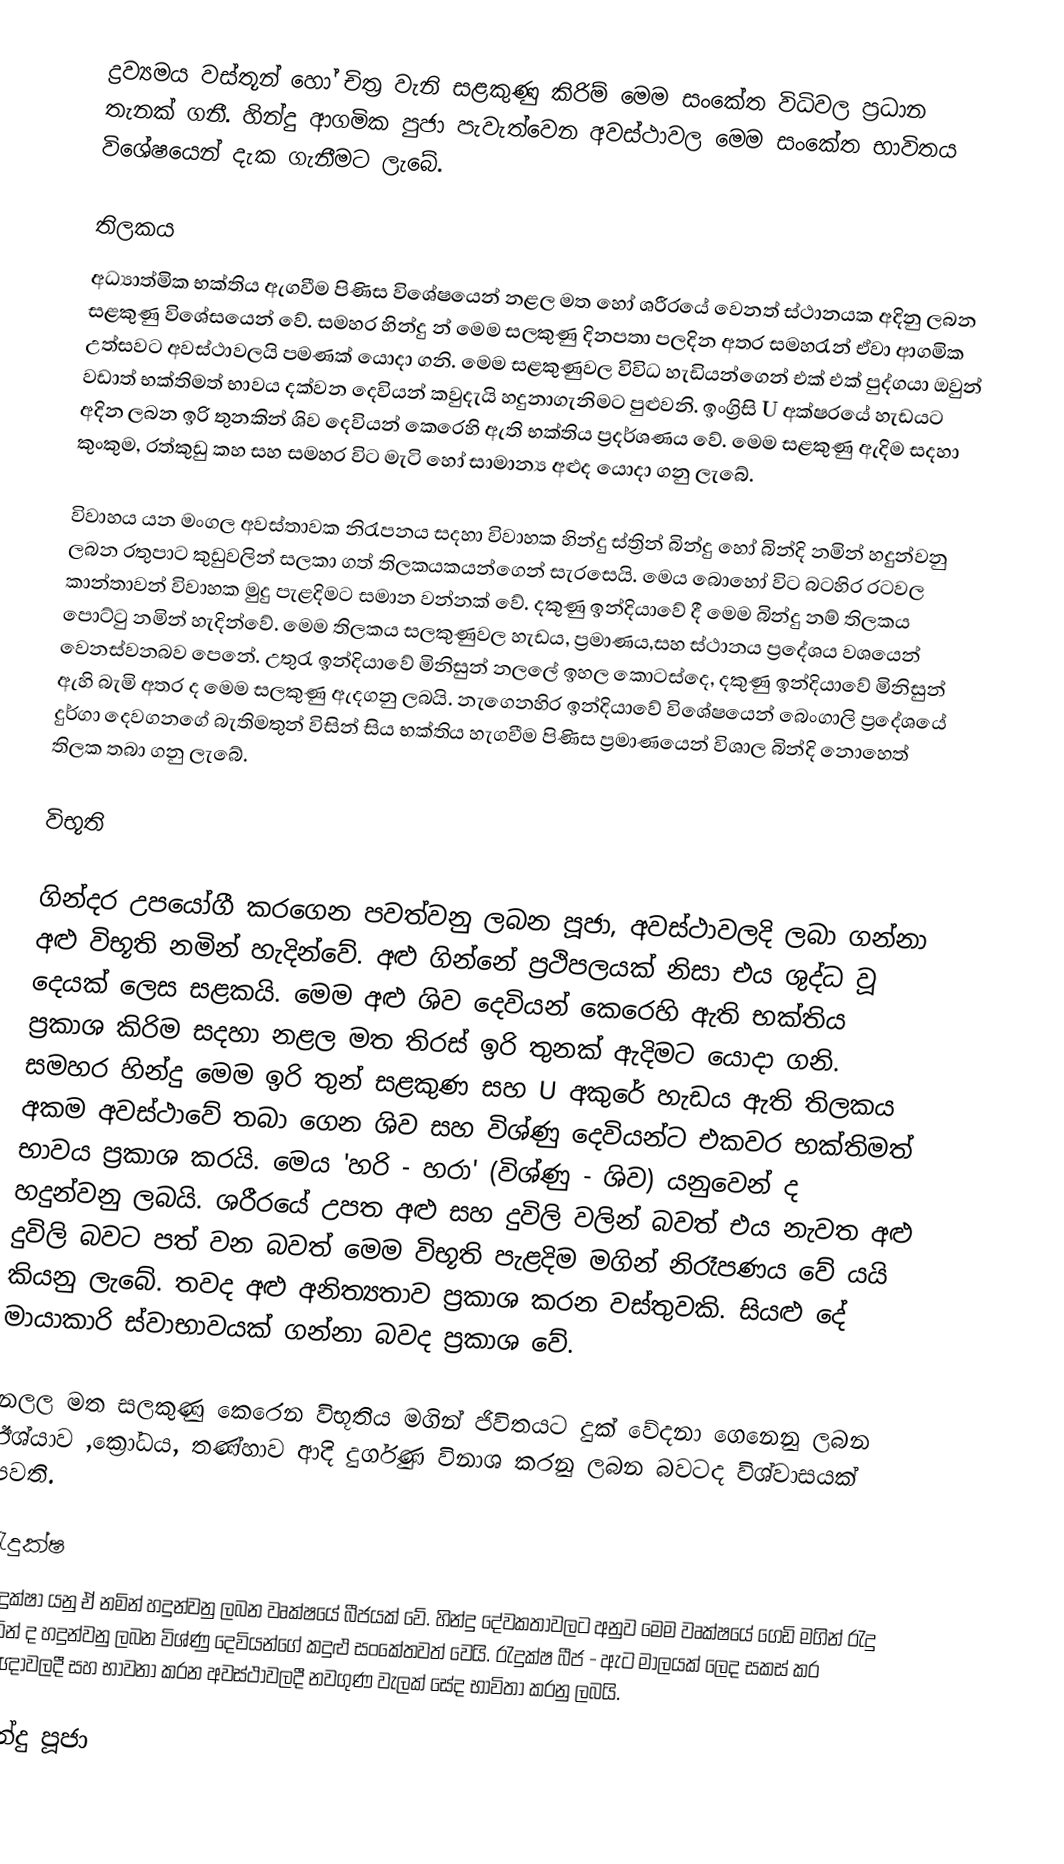
ද්‍රව්‍යමය වස්තූන් හෝ චිත්‍ර වැනි සළකුණු කිරිම් මෙම සංකේත විධිවල ප්‍රධාන තැනක් ගනී. හින්දු ආගමික පුජා පැවැත්වෙන අවස්ථාවල මෙම සංකේත භාවිතය විශේෂයෙන් දැක ගැනීමට ලැබේ.

තිලකය
අධ්‍යාත්මික භක්තිය ඇගවීම පිණිස විශේෂයෙන් නළල මත හෝ ශරීරයේ වෙනත් ස්ථානයක අදිනු ලබන  සළකුණු විශේසයෙන් වේ. සමහර හින්දු න් මෙම සලකුණු දිනපතා  පලදින අතර සමහරැන් ඒවා ආගමික උත්සවට අවස්ථාවලයි පමණක් යොදා ගනි.  මෙම සළකුණුවල විවිධ හැඩියන්ගෙන් එක් එක් පුද්ගයා ඔවුන් වඩාත් භක්තිමත් භාවය දක්වන දෙවියන් කවුදැයි හදුනාගැනිමට පුළුවනි. ඉංග්‍රිසි U අක්ෂ‍රයේ හැඩයට  අදින ලබන ඉරි තුනකින් ශිව දෙවියන් කෙරෙහි ඇති භක්තිය  ප්‍රදර්ශණය වේ. මෙම සළකුණු ඇදිම සදහා කුංකුම, රත්කුඩු කහ සහ සමහර විට මැටි හෝ සාමාන්‍ය අළුද යොදා ගනු ලැබේ.

විවාහය යන මංගල අවස්තාවක නිරැපනය  සදහා විවාහක හින්දු ස්ත්‍රින් බින්දු හෝ බින්දි නමින් හදුන්වනු ලබන රතුපාට කුඩුවලින් සලකා ගත් තිලකයකයන්ගෙන් සැරසෙයි. මෙය බොහෝ විට බටහිර රටවල කාන්තාවන් විවාහක මුදු පැළදිමට සමාන වන්නක් වේ. දකුණු ඉන්දියාවේ දී මෙම බින්දු නම් තිලක‍ය පොට්ටු නමින් හැදින්වේ. මෙම තිලකය  සලකුණුවල හැඩය, ප්‍රමාණය,සහ ස්ථානය ප්‍රදේශය වශයෙන් වෙනස්වනබව‍ පෙනේ. උතුරැ ඉන්දියාවේ මිනිසුන් නලලේ ‍ඉහල කොටස්‍දෙ, දකුණු ඉන්දියාවේ මිනිසුන් ඇහි බැමි අතර ද මෙම සලකුණු ඇදගනු ලබයි. නැගෙනහිර ඉන්දියාවේ විශේෂයෙන් බෙංගාලි ප්‍රදේශයේ දුර්ගා දෙවගනගේ බැතිමතුන් විසින් සිය භක්තිය හැගවීම පිණිස ප්‍රමාණයෙන් විශාල බින්දි නොහෙත් තිලක තබා ගනු ලැබේ.

විභූති

ගින්දර උපයෝගී කරගෙන පවත්වනු ලබන පූජා, අවස්ථාවලදි ලබා ගන්නා අළු විභූති නමින් හැදින්වේ. අළු ගින්නේ ප්‍රථිපලයක් නිසා එය ශුද්ධ වූ දෙයක් ලෙස සළකයි. මෙම අළු ශිව දෙවියන් කෙරෙහි ඇති භක්තිය  ප්‍රකාශ කිරිම සදහා නළල මත තිරස් ඉරි තුනක් ඇදිමට යොදා ගනි.  සමහර හින්දු මෙම ඉරි තුන් සළකුණ සහ U අකුරේ හැඩය ඇති තිලකය අකම අවස්ථාවේ තබා ගෙන  ශිව සහ විශ්ණු දෙවියන්ට එකවර භක්තිමත් භාවය ප්‍රකාශ කරයි. මෙය 'හරි - හරා' (විශ්ණු - ශිව) යනුවෙන් ද  හදුන්වනු ලබයි. ශරීරයේ උපත අළු සහ දුවිලි වලින් බවත් එය නැවත අළු දුවිලි බවට පත් වන බවත් මෙම විභූති පැළදිම මගින් නිරෑපණය වේ යයි කියනු ලැ‍‍බේ.  තවද අළු අනිත්‍යතාව ප්‍රකාශ කරන වස්තුවකි. සියළු දේ මායාකාරි ස්වාභාවයක් ගන්නා බවද ප්‍රකාශ වේ.

නලල මත සලකුණු කෙරෙන විභූතිය මගින් ජිවිතයට දුක් වේදනා ගෙනෙනු ලබන ඊශ්යාව ,ක්‍රෝධය, තණ්හාව ආදි දුර්ගුණ විනාශ කරනු ලබන බවටද විශ්වාසයක් පවති.

රැදුක්ෂ
රැදුක්ෂා යනු ඒ නමින් හදුන්වනු ලබන වෘක්ෂයේ බීජයක් වේ. හින්දු දේවකතාවලට අනුව මෙම වෘක්ෂයේ ගෙඩි  මගින් රැදු නමින් ද හදුන්වනු ලබන විශ්ණු දෙවියන්ගේ කදුළු සංකේතවත් වෙයි. රැදුක්ෂ බීජ - ඇට මාලයක් ලෙද සකස් කර යාඥාවලදී  සහ භාවනා කරන අවස්ථාවලදී නවගුණ වැලක් සේද භාවිතා කරනු ලබයි.

හින්දු පූජා